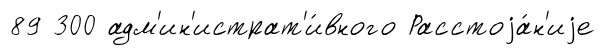
89 300 адм'ин'истрат'и́вного Расстоjа́н'иjе